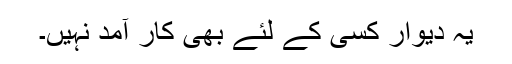
یہ دیوار کسی کے لئے بھی کار آمد نہیں۔